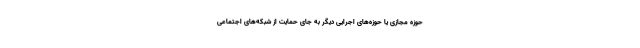
حوزه مجازی یا حوزه‌های اجرایی دیگر به جای حمایت از شبکه‌های اجتماعی